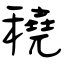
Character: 穘